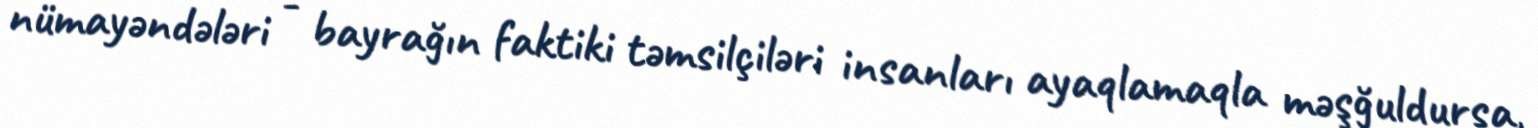
nümayəndələri - bayrağın faktiki təmsilçiləri insanları ayaqlamaqla məşğuldursa,